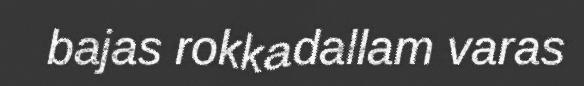
bajas rokkadallam varas